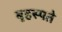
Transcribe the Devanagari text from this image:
बृहस्पते